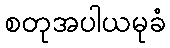
စတုအပါယမုခံ